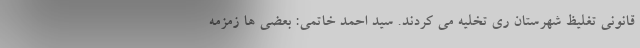
قانونی تغلیظ شهرستان ری تخلیه می کردند. سید احمد خاتمی: بعضی ها زمزمه